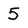
Character: 5